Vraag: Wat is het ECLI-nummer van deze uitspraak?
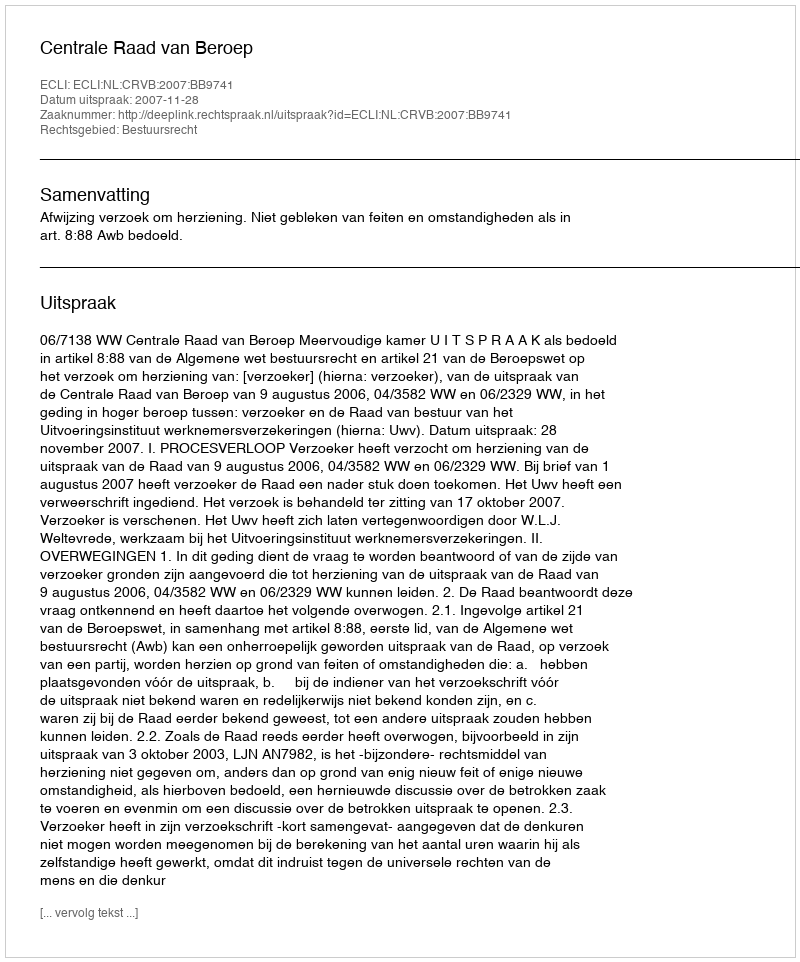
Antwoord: ECLI:NL:CRVB:2007:BB9741